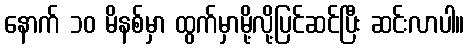
နောက် ၁၀ မိနစ်မှာ ထွက်မှာမို့လို့ပြင်ဆင်ပြီး ဆင်းလာပါ။